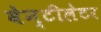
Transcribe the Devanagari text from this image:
वेन्टीलेटर